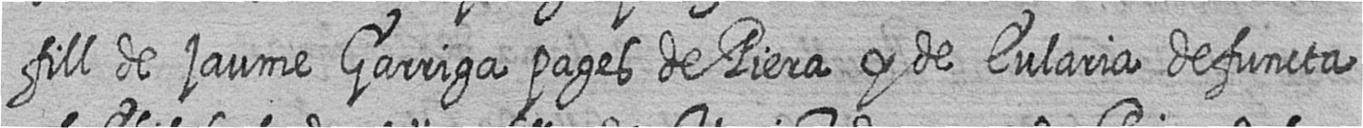
fill de jaume Garriga pages de Piera y de Eularia defuncta